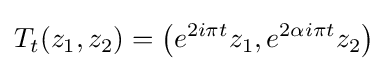
T_{t}(z_{1},z_{2})=\left(e^{2i\pi t}z_{1},e^{2\alpha i\pi t}z_{2}\right)